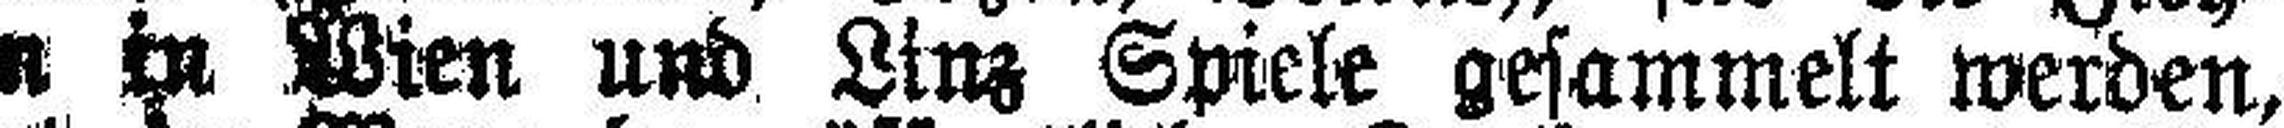
ungen in Wien und Linz Spiele gesammelt werden,